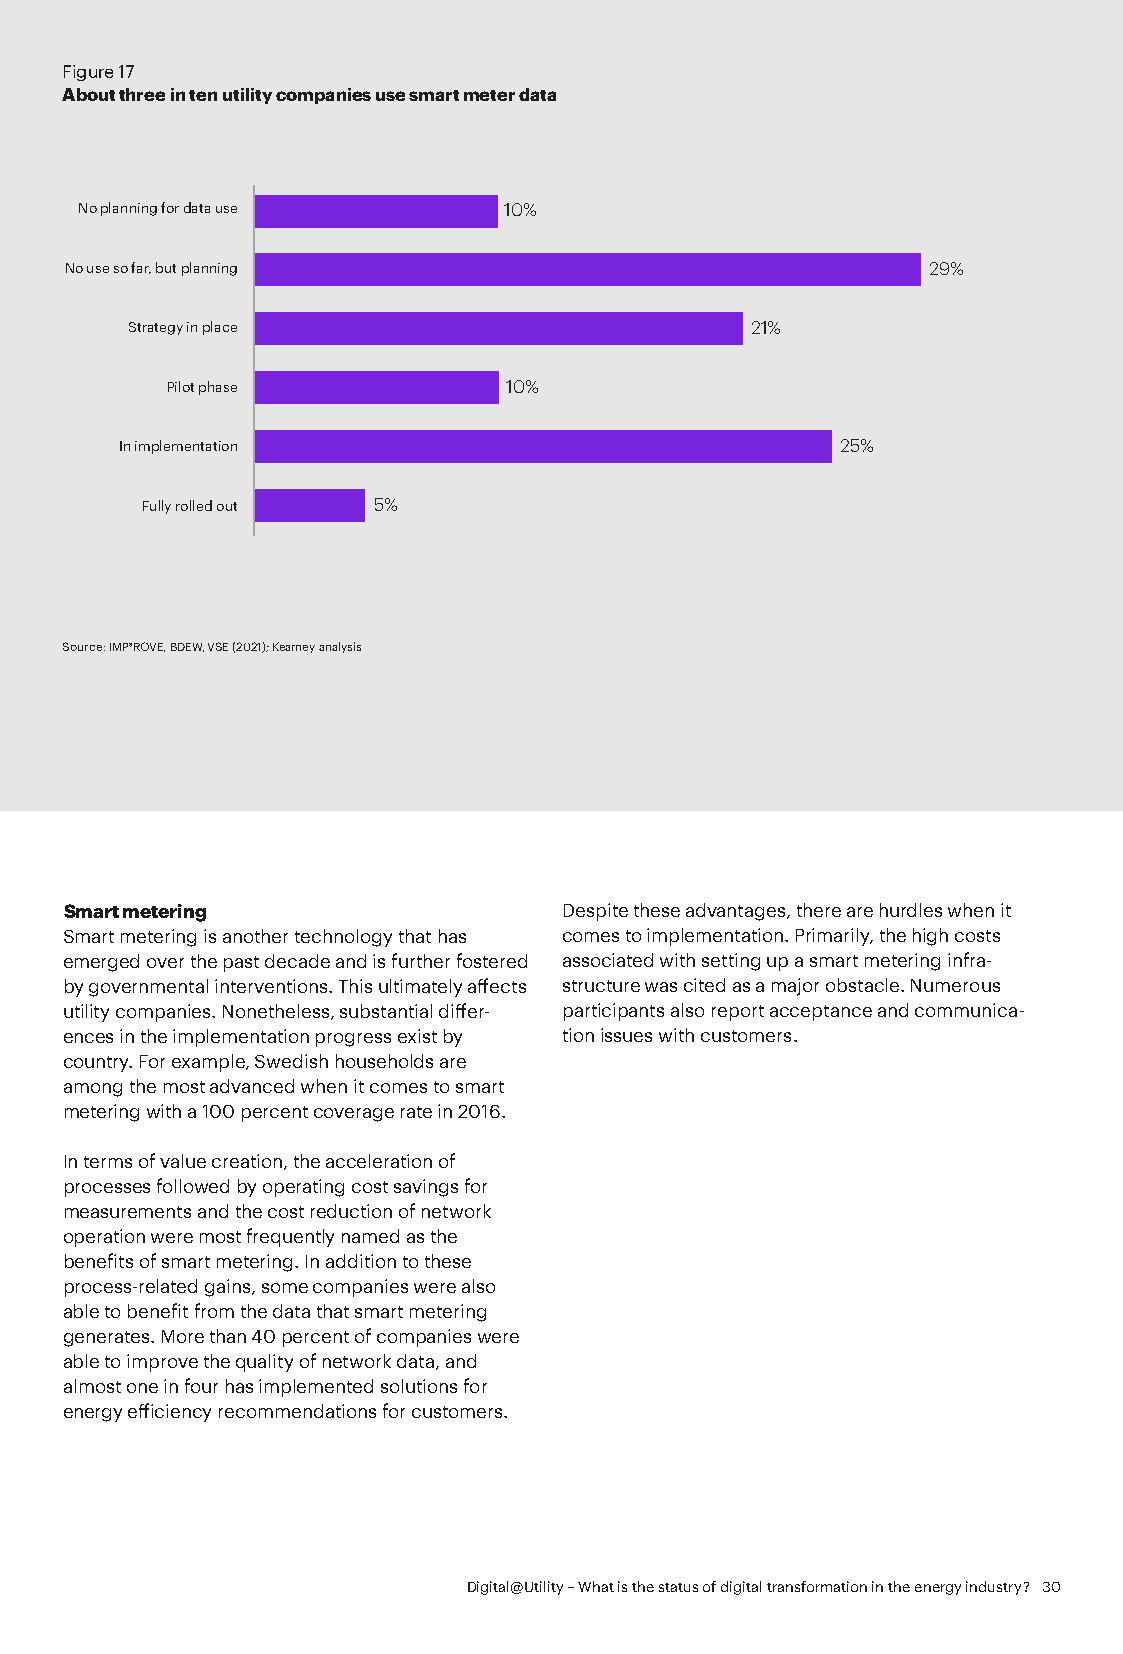
Figure 17
 About three in ten utility companies use smart meter data
 No planning for data use    10%
 No use so far, but planning                              29%
 Strategy in place                         21%
 Pilot phase           10%
 In implementation                               25%
 Fully rolled out 5%
 Source: IMP³ROVE, BDEW, VSE (2021); Kearney analysis
 Smart metering                   Despite these advantages, there are hurdles when it
 Smart metering is another technology that has comes to implementation. Primarily, the high costs
 emerged over the past decade and is further fostered associated with setting up a smart metering infra-
 by governmental interventions. This ultimately affects structure was cited as a major obstacle. Numerous
 utility companies. Nonetheless, substantial differ- participants also report acceptance and communica-
 ences in the implementation progress exist by tion issues with customers.
 country. For example, Swedish households are
 among the most advanced when it comes to smart
 metering with a 100 percent coverage rate in 2016.
 In terms of value creation, the acceleration of
 processes followed by operating cost savings for
 measurements and the cost reduction of network
 operation were most frequently named as the
 benefits of smart metering. In addition to these
 process-related gains, some companies were also
 able to benefit from the data that smart metering
 generates. More than 40 percent of companies were
 able to improve the quality of network data, and
 almost one in four has implemented solutions for
 energy efficiency recommendations for customers.
 Digital@Utility – What is the status of digital transformation in the energy industry? 30